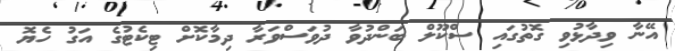
އޭނާ ވިދާޅުވި ގޮތުގައި ސްކޫލް ބަންދުވާ ދުވަސްވަރާ ދިމާކޮށް ޓިކެޓުގެ އަގު ހެޔޮ